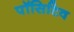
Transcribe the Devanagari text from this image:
पॉसिटिव